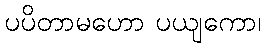
ပပိတာမဟော ပယျကော၊